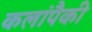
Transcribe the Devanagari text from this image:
कलांपैकी